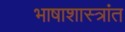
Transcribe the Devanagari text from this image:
भाषाशास्त्रांत